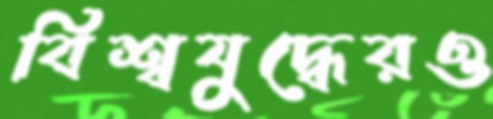
বিশ্বযুদ্ধেরও